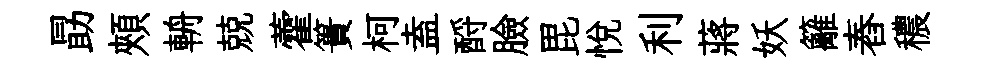
勗頰輈兢藿簣柯盍酹臉毘悅利蔣妖籬舂穠